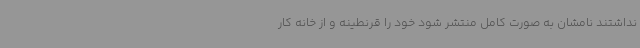
نداشتند نامشان به صورت کامل منتشر شود خود را قرنطینه و از خانه کار